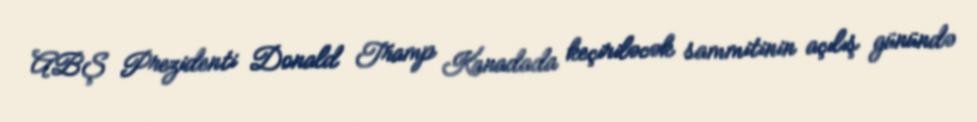
ABŞ Prezidenti Donald Tramp Kanadada keçiriləcək sammitinin açılış günündə